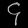
Digit: ၄